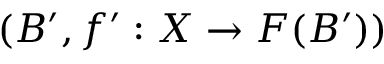
( B ^ { \prime } , f ^ { \prime } : X \to F ( B ^ { \prime } ) )